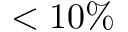
< 1 0 \%